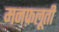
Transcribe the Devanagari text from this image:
मनफ़लूती